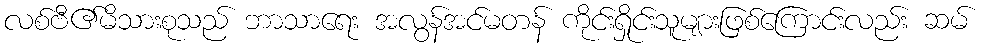
လစ်ဗီ၏မိသားစုသည် ဘာသာရေး အလွန်အင်မတန် ကိုင်းရှိုင်းသူများဖြစ်ကြောင်းလည်း ဆမ်